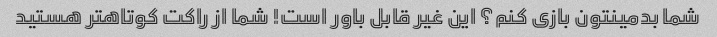
شما بدمینتون بازی کنم؟ این غیر قابل باور است! شما از راکت کوتاهتر هستید